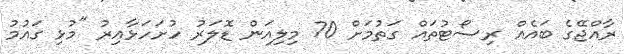
ރާއްޖޭގެ ބައެއް ރިސޯޓުތައް ގަތުމަށް 70 މިލިއަން ޑޮލަރު ހުށަހަޅާއިރު "މުޅި ގައުމު